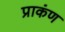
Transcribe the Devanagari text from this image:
प्राकंण